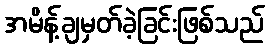
အမိန့်ချမှတ်ခဲ့ခြင်းဖြစ်သည်